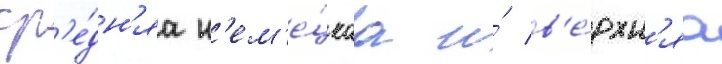
ср'е́дн'яа н'ем'е́цкаа и́ в'е́рхн'яа